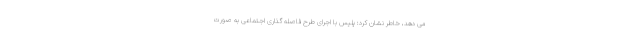
می دهد، خاطر نشان کرد: پلیس با اجرای طرح فاصله گذاری اجتماعی به صورت